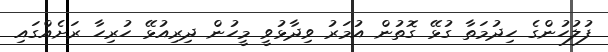
ފުލުހުންގެ ހިދުމަތާ ގުޅޭ ގޮތުން އުމަރު ވިދާޅުވީ މީހުން ދިރިއުޅޭ ހުރިހާ ރަށެއްގައި